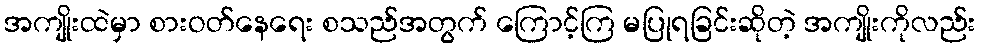
အကျိုးထဲမှာ စားဝတ်နေရေး စသည်အတွက် ကြောင့်ကြ မပြုရခြင်းဆိုတဲ့ အကျိုးကိုလည်း